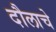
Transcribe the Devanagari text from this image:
दौलाचे